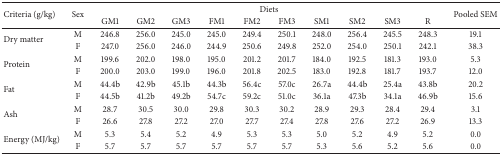
<table><thead><tr><td rowspan="2"><b>Criteria (g/kg)</b></td><td rowspan="2"><b>Sex</b></td><td colspan="10"><b>Diets</b></td><td rowspan="2"><b>Pooled SEM</b></td></tr><tr><td><b>GM1</b></td><td><b>GM2</b></td><td><b>GM3</b></td><td><b>FM1</b></td><td><b>FM2</b></td><td><b>FM3</b></td><td><b>SM1</b></td><td><b>SM2</b></td><td><b>SM3</b></td><td><b>R</b></td></tr></thead><tbody><tr><td rowspan="2">Dry matter </td><td>M</td><td>246.8</td><td>256.0</td><td>245.0</td><td>245.0</td><td>249.4</td><td>250.1</td><td>248.0</td><td>256.4</td><td>245.5</td><td>248.3</td><td>19.1</td></tr><tr><td>F</td><td>247.0</td><td>256.0</td><td>246.0</td><td>244.9</td><td>250.6</td><td>249.8</td><td>252.0</td><td>254.0</td><td>250.1</td><td>242.1</td><td>38.3</td></tr><tr><td rowspan="2">Protein </td><td>M</td><td>199.6</td><td>202.0</td><td>198.0</td><td>195.0</td><td>201.2</td><td>201.7</td><td>184.0</td><td>192.5</td><td>181.3</td><td>193.0</td><td>5.3</td></tr><tr><td>F</td><td>200.0</td><td>203.0</td><td>199.0</td><td>196.0</td><td>201.8</td><td>202.5</td><td>183.0</td><td>192.8</td><td>181.7</td><td>193.7</td><td>12.0</td></tr><tr><td rowspan="2">Fat </td><td>M</td><td>44.4b</td><td>42.9b</td><td>45.1b</td><td>44.3b</td><td>56.4c</td><td>57.0c</td><td>26.7a</td><td>44.4b</td><td>25.4a</td><td>43.8b</td><td>20.2</td></tr><tr><td>F</td><td>44.5b</td><td>41.2b</td><td>49.2b</td><td>54.7c</td><td>59.2c</td><td>51.0c</td><td>36.1a</td><td>47.3b</td><td>34.1a</td><td>46.9b</td><td>15.6</td></tr><tr><td rowspan="2">Ash </td><td>M</td><td>28.7</td><td>30.5</td><td>30.0</td><td>29.8</td><td>30.3</td><td>30.2</td><td>28.9</td><td>29.3</td><td>28.4</td><td>29.4</td><td>3.1</td></tr><tr><td>F</td><td>26.6</td><td>27.8</td><td>27.2</td><td>27.0</td><td>27.7</td><td>27.4</td><td>27.8</td><td>27.6</td><td>27.2</td><td>26.9</td><td>13.3</td></tr><tr><td rowspan="2">Energy (MJ/kg)</td><td>M</td><td>5.3</td><td>5.4</td><td>5.2</td><td>4.9</td><td>5.3</td><td>5.3</td><td>5.0</td><td>5.2</td><td>4.9</td><td>5.2</td><td>0.0</td></tr><tr><td>F</td><td>5.7</td><td>5.7</td><td>5.7</td><td>5.7</td><td>5.7</td><td>5.7</td><td>5.3</td><td>5.6</td><td>5.2</td><td>5.6</td><td>0.0</td></tr></tbody></table>